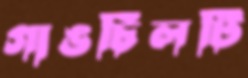
গাঙচিলটি